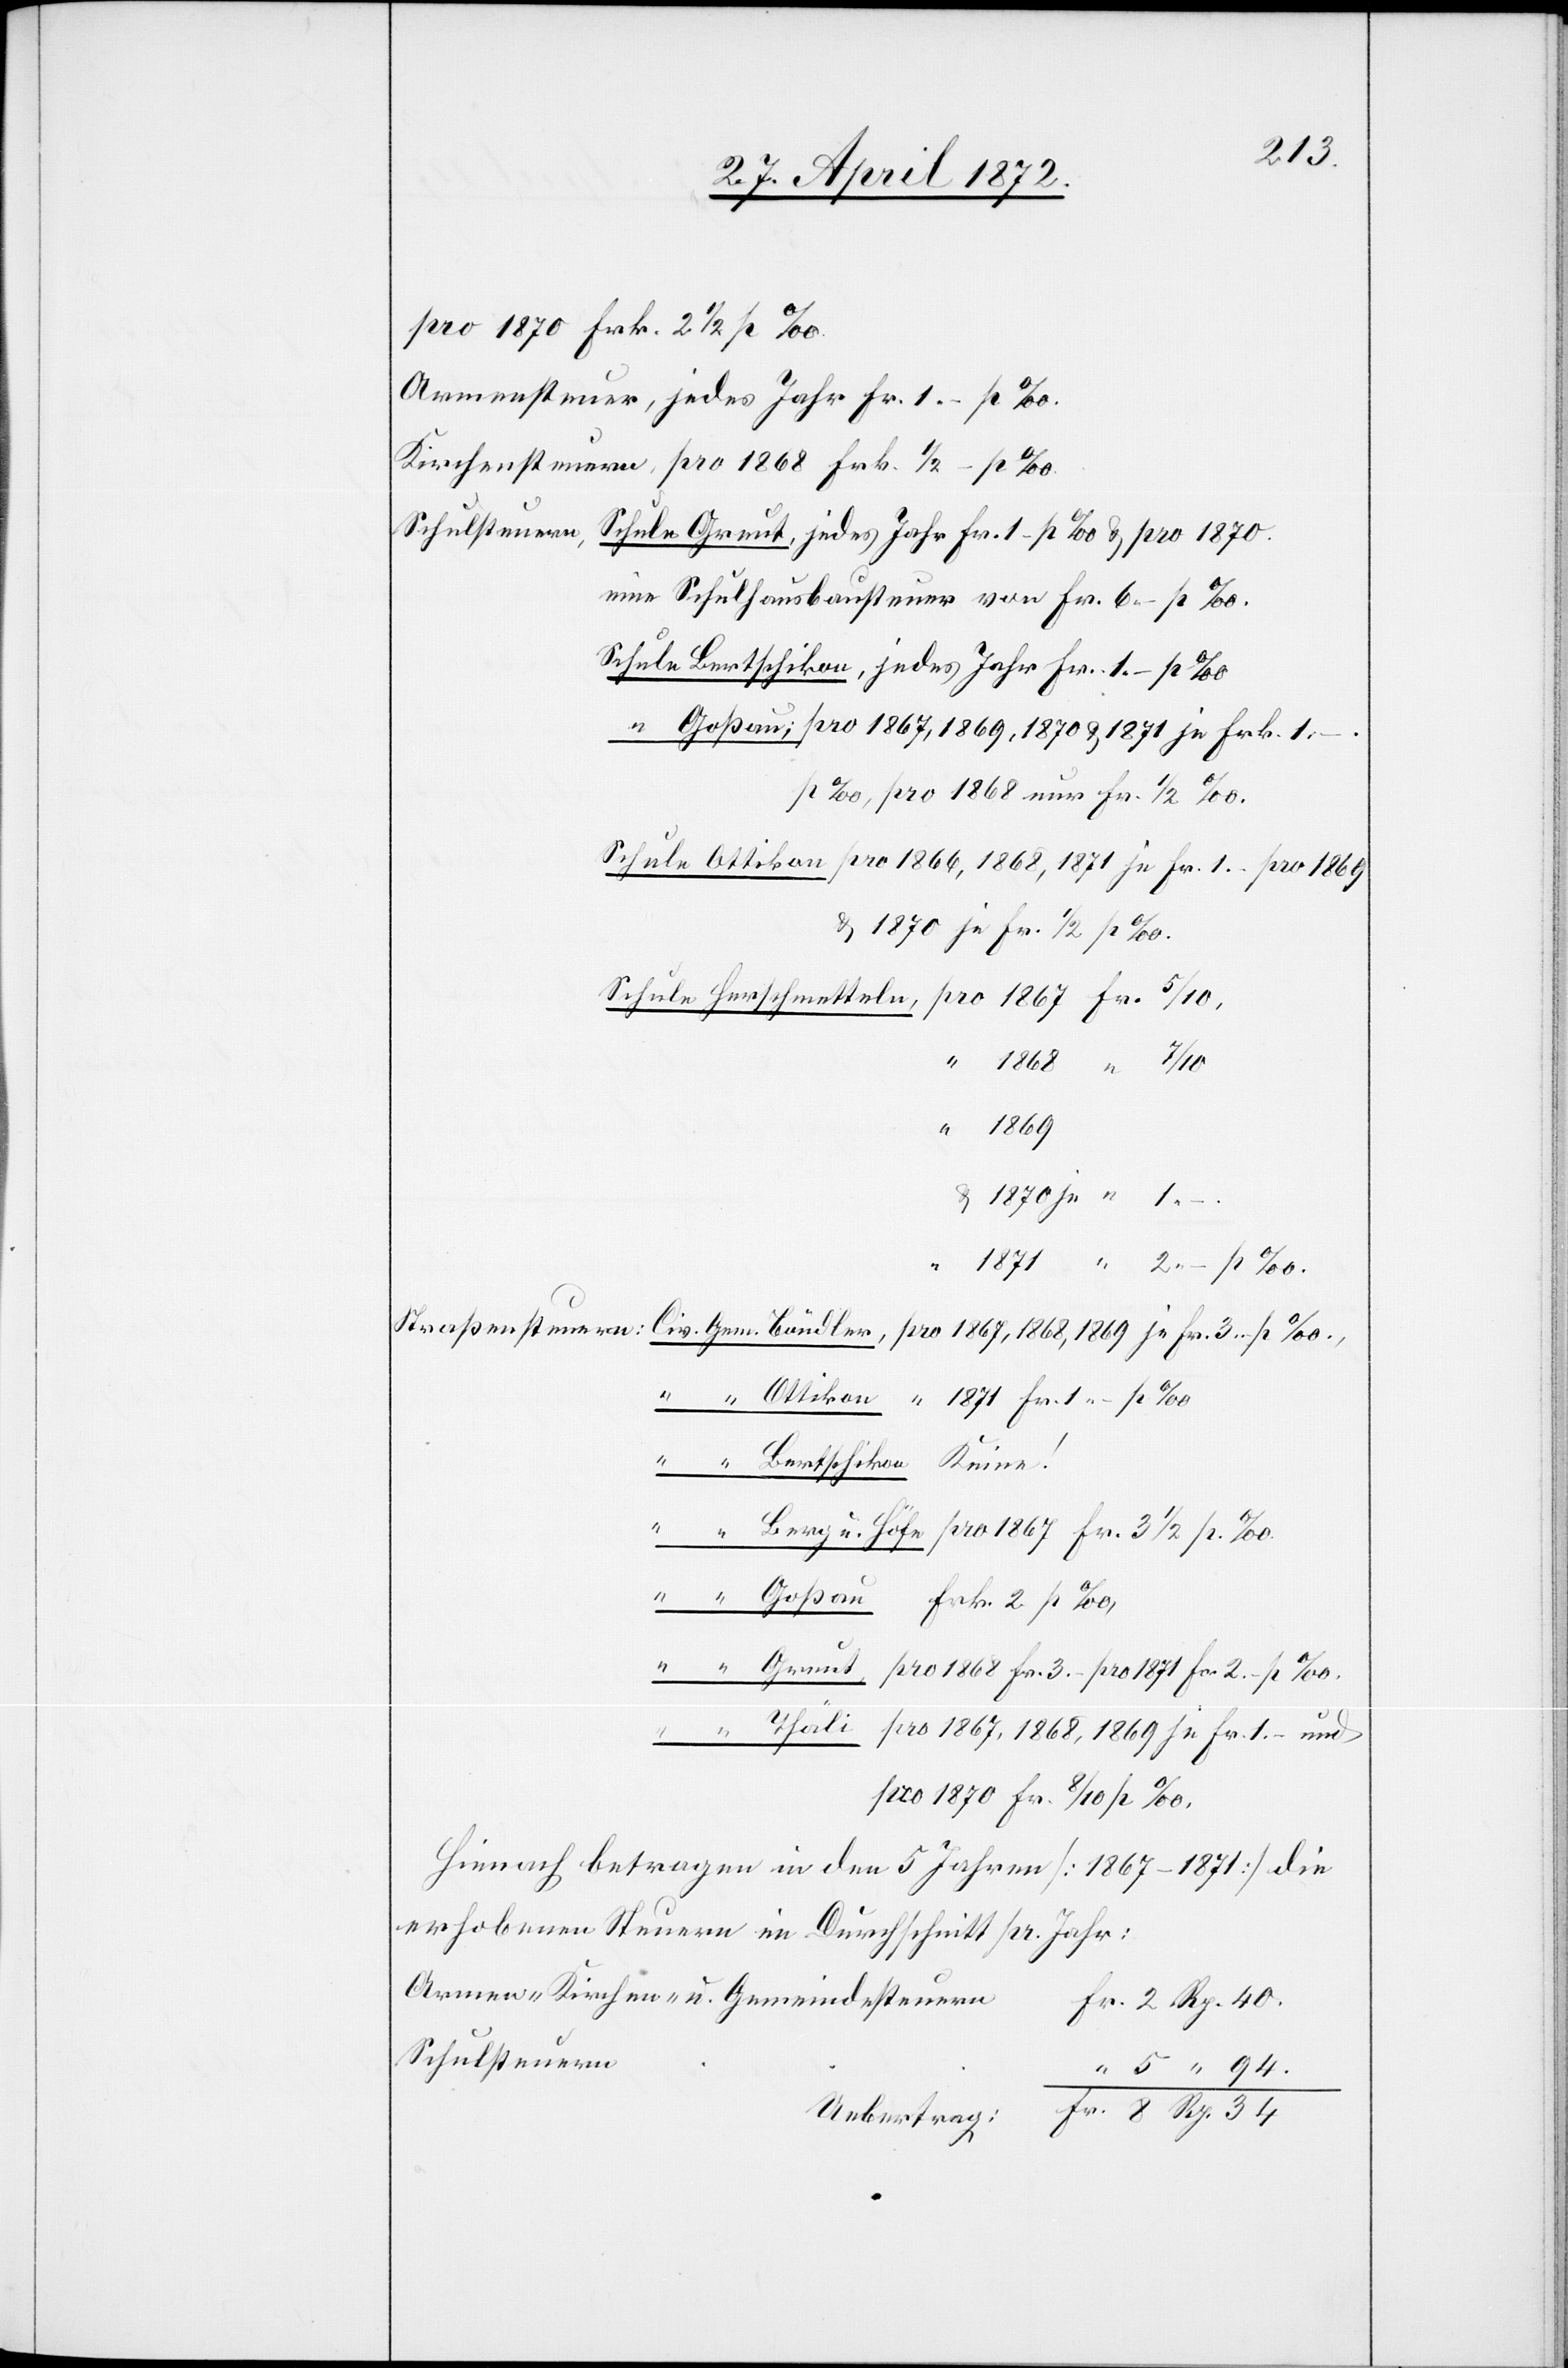
pro 1871 Fr. 2.- p ‰.
Armensteuer, jedes Jahr Fr. 1. - p ‰.
Kirchensteuer, pro 1868 Frk. 1/2 - p ‰.
eine Schulhausbausteuer von Fr. 6. - p ‰.
p ‰, pro 1868 nur Fr. 1/2 ‰
u. 1870 je Fr. 1/2 p ‰.
pro 1867,
94.
Rp.
40.
Frk. 2 p ‰,
pro 1870 Fr. 8/10 p ‰.
Hienach betragen in den 5 Jahren [1867–1871] die
erhobenen Steuern im Durchschnitt pr. Jahr:
Armen-[,] Kirchen- u. Gemeindesteuern
Schulsteuern